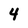
Character: 4